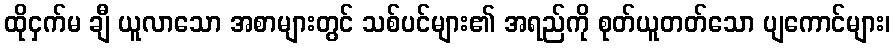
ထိုငှက်မ ချီ ယူလာသော အစာများတွင် သစ်ပင်များ၏ အရည်ကို စုတ်ယူတတ်သော ပျကောင်များ၊